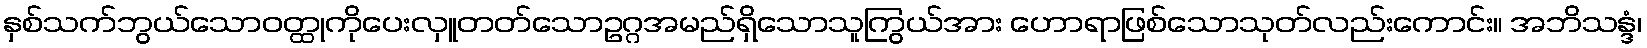
နှစ်သက်ဘွယ်သောဝတ္ထုကိုပေးလှူတတ်သောဥဂ္ဂအမည်ရှိသောသူကြွယ်အား ဟောရာဖြစ်သောသုတ်လည်းကောင်း။ အဘိသန္ဒံ၊